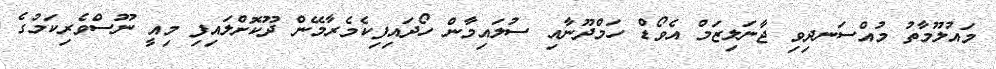
މައުލޫމާތު މުއްސަނދިވި ޖާނަލިޒަމް އެވޯޑް ހަމްދޫނާއި ސުލައިމާން ހޯދައިފިކެމެރާމޭން ދޫކޮށްލައިފި މިއީ ނޫސްވެރިކަމުގެ